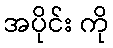
အပိုင်း ကို